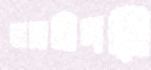
ভাসানীপন্থী